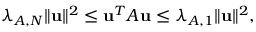
\lambda _ { A , N } \| \mathbf { u } \| ^ { 2 } \leq \mathbf { u } ^ { T } A \mathbf { u } \leq \lambda _ { A , 1 } \| \mathbf { u } \| ^ { 2 } ,